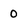
Character: 0